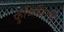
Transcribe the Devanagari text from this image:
फुजिशिमा